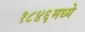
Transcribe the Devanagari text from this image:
१८४६मध्ये